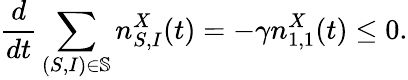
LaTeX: \frac{d}{dt}\sum_{(S,I)\in\mathbb{S}}n_{S,I}^{X}(t)=-\gamma n_{1,1}^{X}(t)\leq 0.